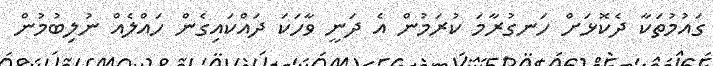
ގައުމުތަކާ ދެކޮޅަށް ހަނގުރާމަ ކުރަމުން އެ ދަނީ ވާހަކަ ދައްކައިގެން ހައްލެއް ނުލިބުމުން